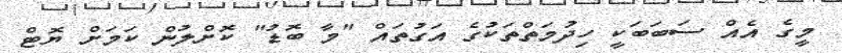
މީގެ އެއް ސަބަބަކީ ހިދުމަތްތަކުގެ އަގުތައް "މާ ބޮޑު" ކޮށްލުން ކަމަށް ޔޮޓް